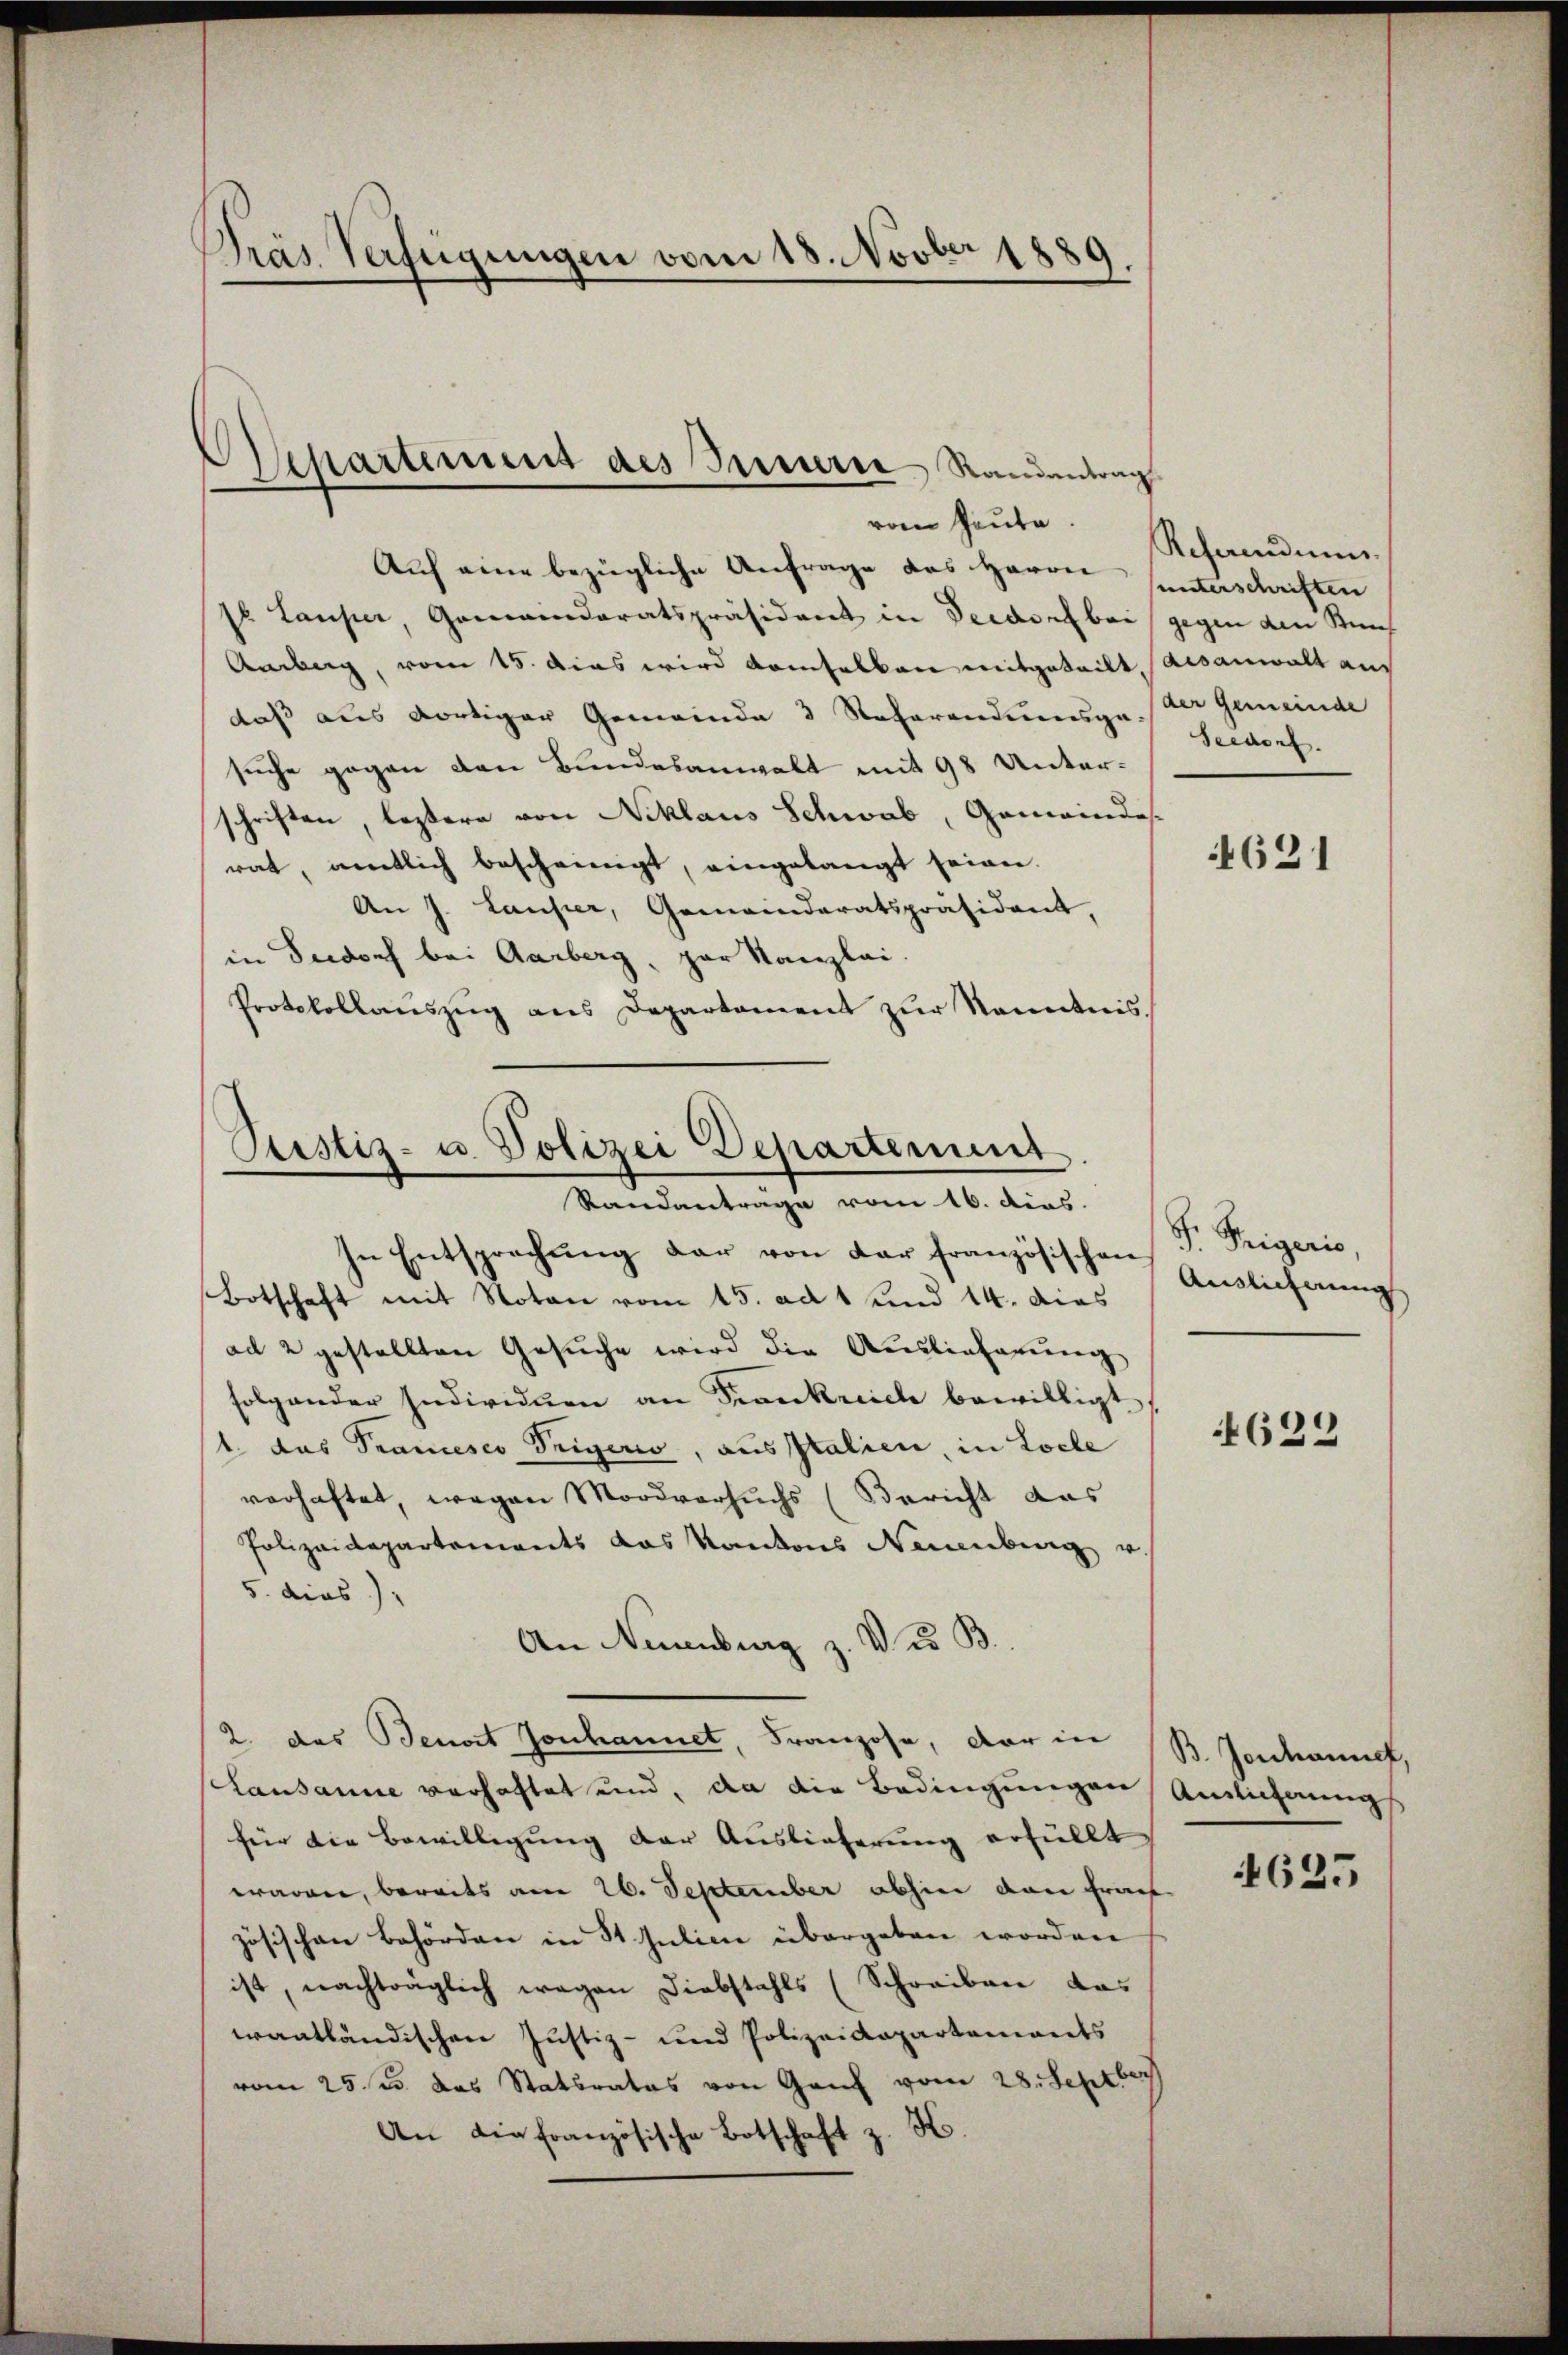
e
Präs. Verfügungen vom 18. Novbr 1889.

vom heute.
Auf eine bezügliche Anfrage des Herrn unterschriften
st Laufer, Gemeinderatspräsident in Verdorf bei gegen den Reif
Andng, vom 15. Das wird demselben mitgeteilt, aisanwalt aus
daß aus dortiger Gemeinde 3 Referendienge der Gemeinde
suche gegen den Bundesanwalt mit 98 Unterschriften, leztere von Niklaus Schwab, Gemeindesrat, amtlich bescheinigt, eingelangt seien.
An J. Laufer, Gemeinderatspräsident,
in Seedorf bei Aarberg, par Kanzlei.
Protokollaŭszŭg ans Departament zŭr Kenntnis

Departement des Meurie Randentrag

Ptistiz- u. Polizei Departement
Randantrage vom 16. dies
In Entsprechung der von der französischen Endlicherung

Botschaft mit Noten vom 15. ad 1 und 14. dies
ad 2 gestellten Gesuche wird die Auslieferung
folgender Individuen an Frankreich bewilligt
1. das Prancesco Trigeris, ausstalien, in Loche
verhaftet, wegen Mordversuchs (Bericht das
Polizeidepartements das Kantons Neuenburg u
5. dies
An Neuenburg z. des B
2. das Benort Johannet, Franzose, darin B. Johannes,
Lausanne verhaftet und, da die Bedingungen Auslichnungs
für die Bewilligung der Auslieferung erfiellt
waren, bereits am 26. September abhin den Frach
zösischen Behörden in St. Julien übergeben worden
ist, nachträglich wegen Diebstahls (Schreiben das
erantländischen Justiz- und Polizeidepartements
vom 25ste das Statsrates von Gau vom 28. Septbr
An die französische Botschaft z. K.

Rchandnun
Seedorf.

4631

S. Trigeris,

4622

4625